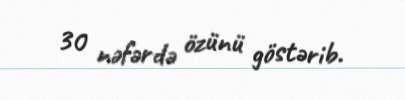
30 nəfərdə özünü göstərib.